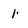
Character: 1